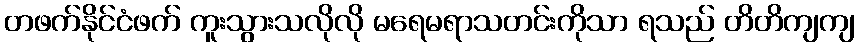
တဖက်နိုင်ငံဖက် ကူးသွားသလိုလို မရေမရာသတင်းကိုသာ ရသည် တိတိကျကျ